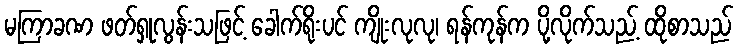
မကြာခဏ ဖတ်ရှုလွန်းသဖြင့် ခေါက်ရိုးပင် ကျိုးလုလု၊ ရန်ကုန်က ပို့လိုက်သည့် ထိုစာသည်